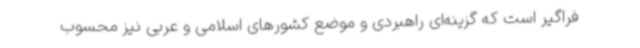
فراگیر است که گزینه‌ای راهبردی و موضع کشورهای اسلامی و عربی نیز محسوب